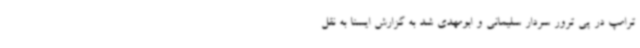
ترامپ در پی ترور سردار سلیمانی و ابومهدی شد به گزارش ایسنا به نقل